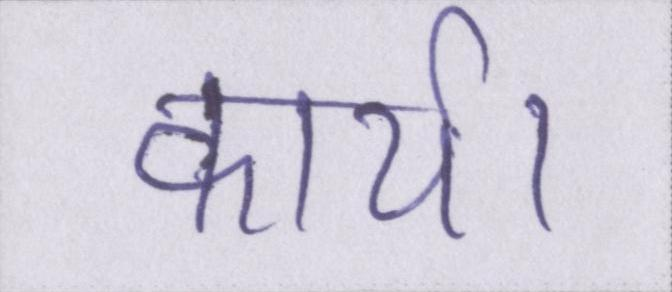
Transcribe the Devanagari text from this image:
कार्य।